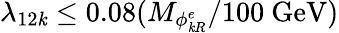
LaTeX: \lambda_{12\mathit{k}}\leq0.08(M_{\phi_{\mathit{k}R}^{e}}/100\ \mathrm{{GeV}})